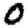
Digit: 0